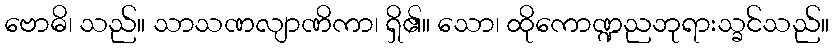
ဗောဓိ၊ သည်။ သာသဏလျာဏိကာ၊ ရှိ၏။ သော၊ ထိုကောဏ္ဍညဘုရားသ္ခင်သည်။